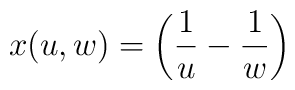
x(u,w)=\left({1\over u}-{1\over w}\right)